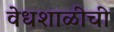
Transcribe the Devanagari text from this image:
वेधशाळीची